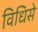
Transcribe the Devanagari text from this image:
विधिसे